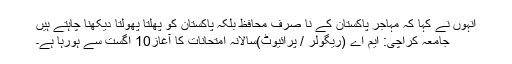
انہوں نے کہا کہ مہاجر پاکستان کے نا صرف محافظ بلکہ پاکستان کو پھلتا پھولتا دیکھنا چاہتے ہیں
جامعہ کراچی: ایم اے (ریگولر / پرائیوٹ)سالانہ امتحانات کا آغاز10 اگست سے ہورہا ہے۔